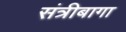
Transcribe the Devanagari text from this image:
संत्रीबागा